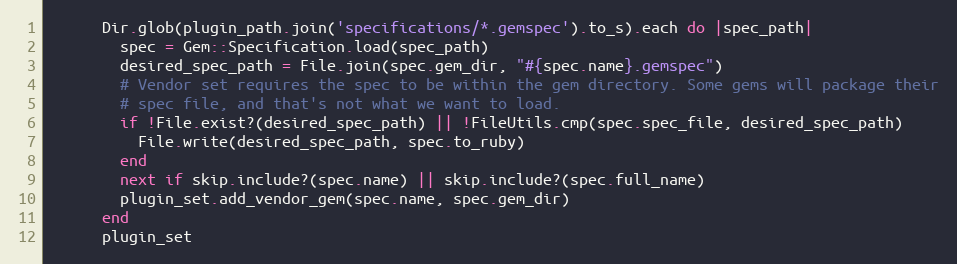
Language: Ruby
      Dir.glob(plugin_path.join('specifications/*.gemspec').to_s).each do |spec_path|
        spec = Gem::Specification.load(spec_path)
        desired_spec_path = File.join(spec.gem_dir, "#{spec.name}.gemspec")
        # Vendor set requires the spec to be within the gem directory. Some gems will package their
        # spec file, and that's not what we want to load.
        if !File.exist?(desired_spec_path) || !FileUtils.cmp(spec.spec_file, desired_spec_path)
          File.write(desired_spec_path, spec.to_ruby)
        end
        next if skip.include?(spec.name) || skip.include?(spec.full_name)
        plugin_set.add_vendor_gem(spec.name, spec.gem_dir)
      end
      plugin_set